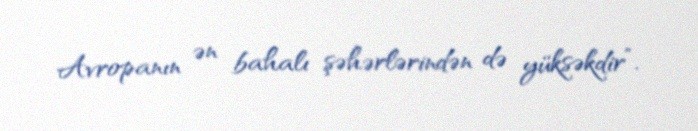
Avropanın ən bahalı şəhərlərindən də yüksəkdir”.